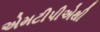
એમટીપીએથી